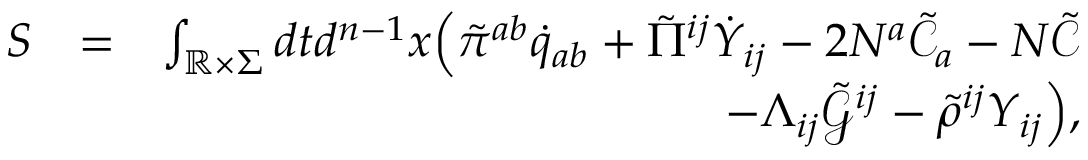
\begin{array} { r l r } { S } & { = } & { \int _ { \mathbb { R } \times \Sigma } d t d ^ { n - 1 } x \Big ( \tilde { \pi } ^ { a b } \dot { q } _ { a b } + \tilde { \Pi } ^ { i j } \dot { Y } _ { i j } - 2 N ^ { a } \tilde { \mathcal { C } } _ { a } - N \tilde { \mathcal { C } } } \\ & { } & { - \Lambda _ { i j } \tilde { \mathcal { G } } ^ { i j } - \tilde { \rho } ^ { i j } Y _ { i j } \Big ) , } \end{array}